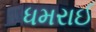
ધમરાઈ